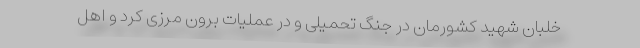
خلبان شهید کشورمان در جنگ تحمیلی و در عملیات برون مرزی کُرد و اهل